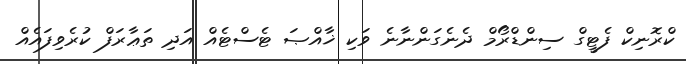
ކްރޮނިކް ފެޓީގް ސިންޑްރޯމް ދެނެގަންނާނެ ވަކި ޚާއްޞަ ޓެސްޓެއް އަދި ތަޢާރަފް ކުރެވިފައެއް